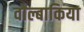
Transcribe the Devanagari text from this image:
वोल्बाकिया